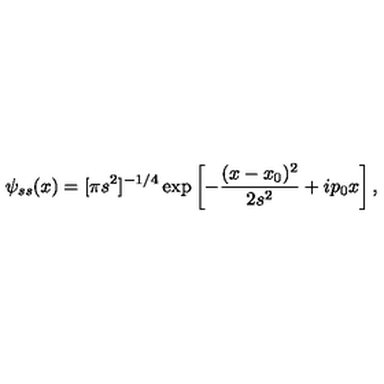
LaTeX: \psi _ { s s } ( x ) = [ \pi s ^ { 2 } ] ^ { - 1 / 4 } \exp \left[ - \frac { ( x - x _ { 0 } ) ^ { 2 } } { 2 s ^ { 2 } } + i p _ { 0 } x \right] ,